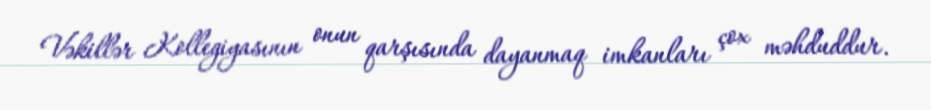
Vəkillər Kollegiyasının onun qarşısında dayanmaq imkanları çox məhduddur.